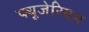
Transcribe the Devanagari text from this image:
फ्यूजेरियम